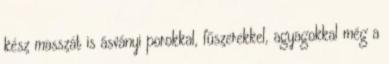
kész masszát is ásványi porokkal, fűszerekkel, agyagokkal még a